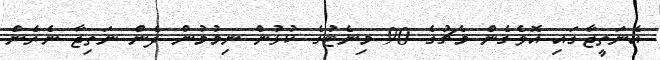
އެނަތީޖާގައި އޮވެގެން މެޗުގެ 90 މިނެޓުގެ ކުޅުން ނިމުމުން ދެން ނަތިޖާ ނެރެން